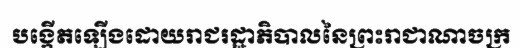
បង្កើតឡើងដោយរាជរដ្ឋាភិបាលនៃព្រះរាជាណាចក្រ